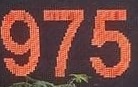
975